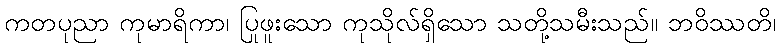
ကတပုညာ ကုမာရိကာ၊ ပြုဖူးသော ကုသိုလ်ရှိသော သတို့သမီးသည်။ ဘဝိဿတိ၊